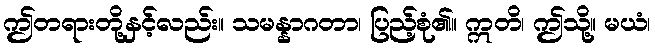
ဤတရားတို့နှင့်လည်း။ သမန္နာဂတာ၊ ပြည့်စုံ၏။ ဣတိ၊ ဤသို့။ မယံ၊